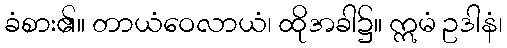
ခံစား၏။ တာယံဝေလာယံ၊ ထိုအခါ၌။ ဣမံ ဥဒါနံ၊